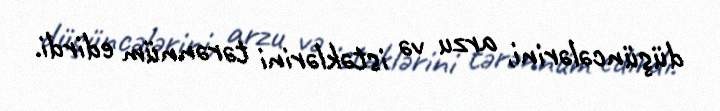
düşüncələrini, arzu və istəklərini tərənnüm edirdi.